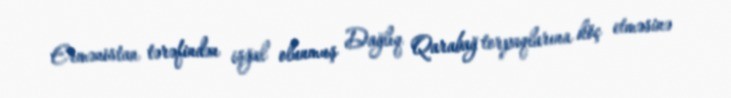
Ermənistan tərəfindən işğal olunmuş Dağlıq Qarabağ torpaqlarına köç etməsinə